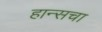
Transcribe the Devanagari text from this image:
हान्सचा